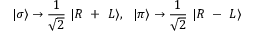
| \sigma \rangle \rightarrow \frac { 1 } { \sqrt { 2 } } ~ | R ~ + ~ L \rangle , \ \ | \pi \rangle \rightarrow \frac { 1 } { \sqrt { 2 } } ~ | R ~ - ~ L \rangle